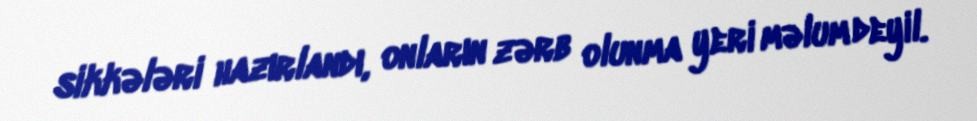
sikkələri hazırlandı, onların zərb olunma yeri məlum deyil.